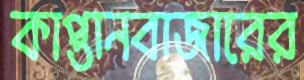
কাপ্তানবাজারের